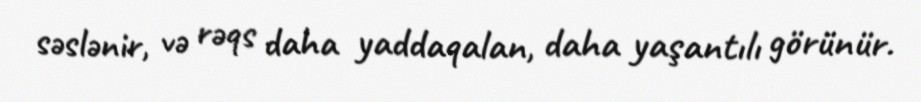
səslənir, və rəqs daha yaddaqalan, daha yaşantılı görünür.